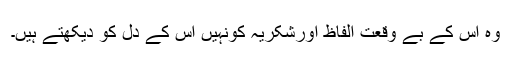
وہ اس کے بے وقعت الفاظ اورشکریہ کونہیں اس کے دل کو دیکھتے ہیں۔